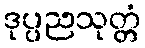
ဒုပ္ပညသုတ္တံ